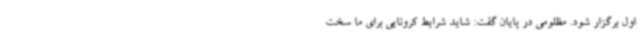
اول برگزار شود. مظلومی در پایان گفت: شاید شرایط کرونایی برای ما سخت